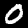
Digit: 0